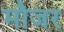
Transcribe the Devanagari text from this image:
मौजर